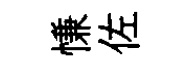
慊佐